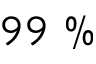
9 9 ~ \%